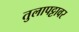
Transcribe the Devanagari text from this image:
तुलापट्टावर